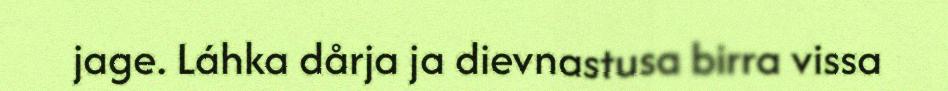
jage. Láhka dårja ja dievnastusa birra vissa